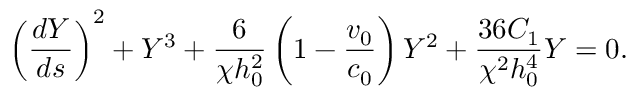
\left( \frac { d Y } { d s } \right) ^ { 2 } + Y ^ { 3 } + \frac { 6 } { \chi h _ { 0 } ^ { 2 } } \left( 1 - \frac { v _ { 0 } } { c _ { 0 } } \right) Y ^ { 2 } + \frac { 3 6 C _ { 1 } } { \chi ^ { 2 } h _ { 0 } ^ { 4 } } Y = 0 .